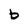
Character: b